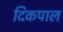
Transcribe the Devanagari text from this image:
दिकपाल